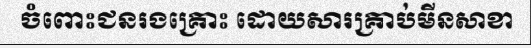
ចំពោះជនរងគ្រោះ ដោយសារគ្រាប់មីនសាខា